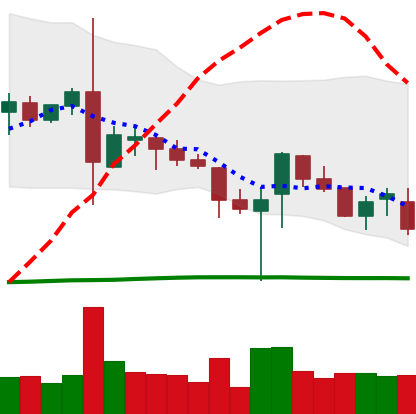
Ticker: TRX-USD
Chart end date: 2019-03-11
Forward return: 5.075%
Label: up_5_7